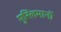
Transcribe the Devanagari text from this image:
मुस्लिमानों